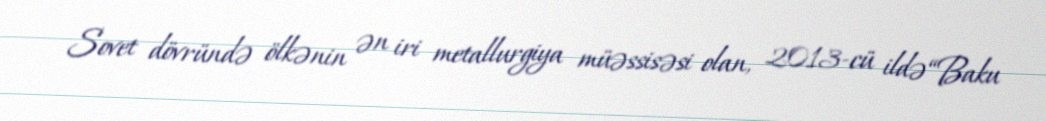
Sovet dövründə ölkənin ən iri metallurgiya müəssisəsi olan, 2013-cü ildə “Baku